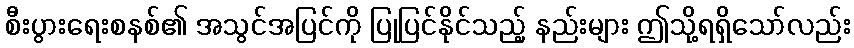
စီးပွားရေးစနစ်၏ အသွင်အပြင်ကို ပြုပြင်နိုင်သည့် နည်းများ ဤသို့ရရှိသော်လည်း